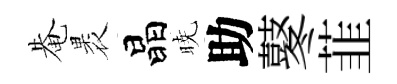
𤲅褁晶暁助鼕韮